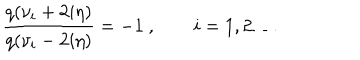
\frac { q ( \nu _ { i } + 2 i \eta ) } { q ( \nu _ { i } - 2 i \eta ) } = - 1 ~ , \qquad i = 1 , 2 \dots